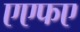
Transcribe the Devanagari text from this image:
एएफए